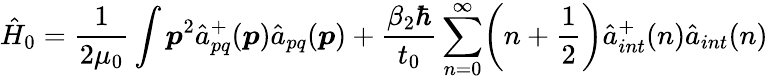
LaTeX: \hat{H}_{0}=\frac{1}{2\mu_{0}}\int\boldsymbol{p}^{2}{\hat{a}}_{pq}^{+}(\boldsymbol{p}){\hat{a}}_{pq}(\boldsymbol{p})+\frac{\beta_{2}\hbar}{t_{0}}\sum_{n=0}^{\infty}\biggl(n+\frac{1}{2}\biggr){\hat{a}}_{int}^{+}(n){\hat{a}}_{int}(n)\,